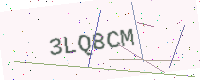
Text: 3LQ8CM